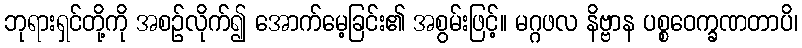
ဘုရားရှင်တို့ကို အစဉ်လိုက်၍ အောက်မေ့ခြင်း၏ အစွမ်းဖြင့်။ မဂ္ဂဖလ နိဗ္ဗာန ပစ္စဝေက္ခဏတာပိ၊